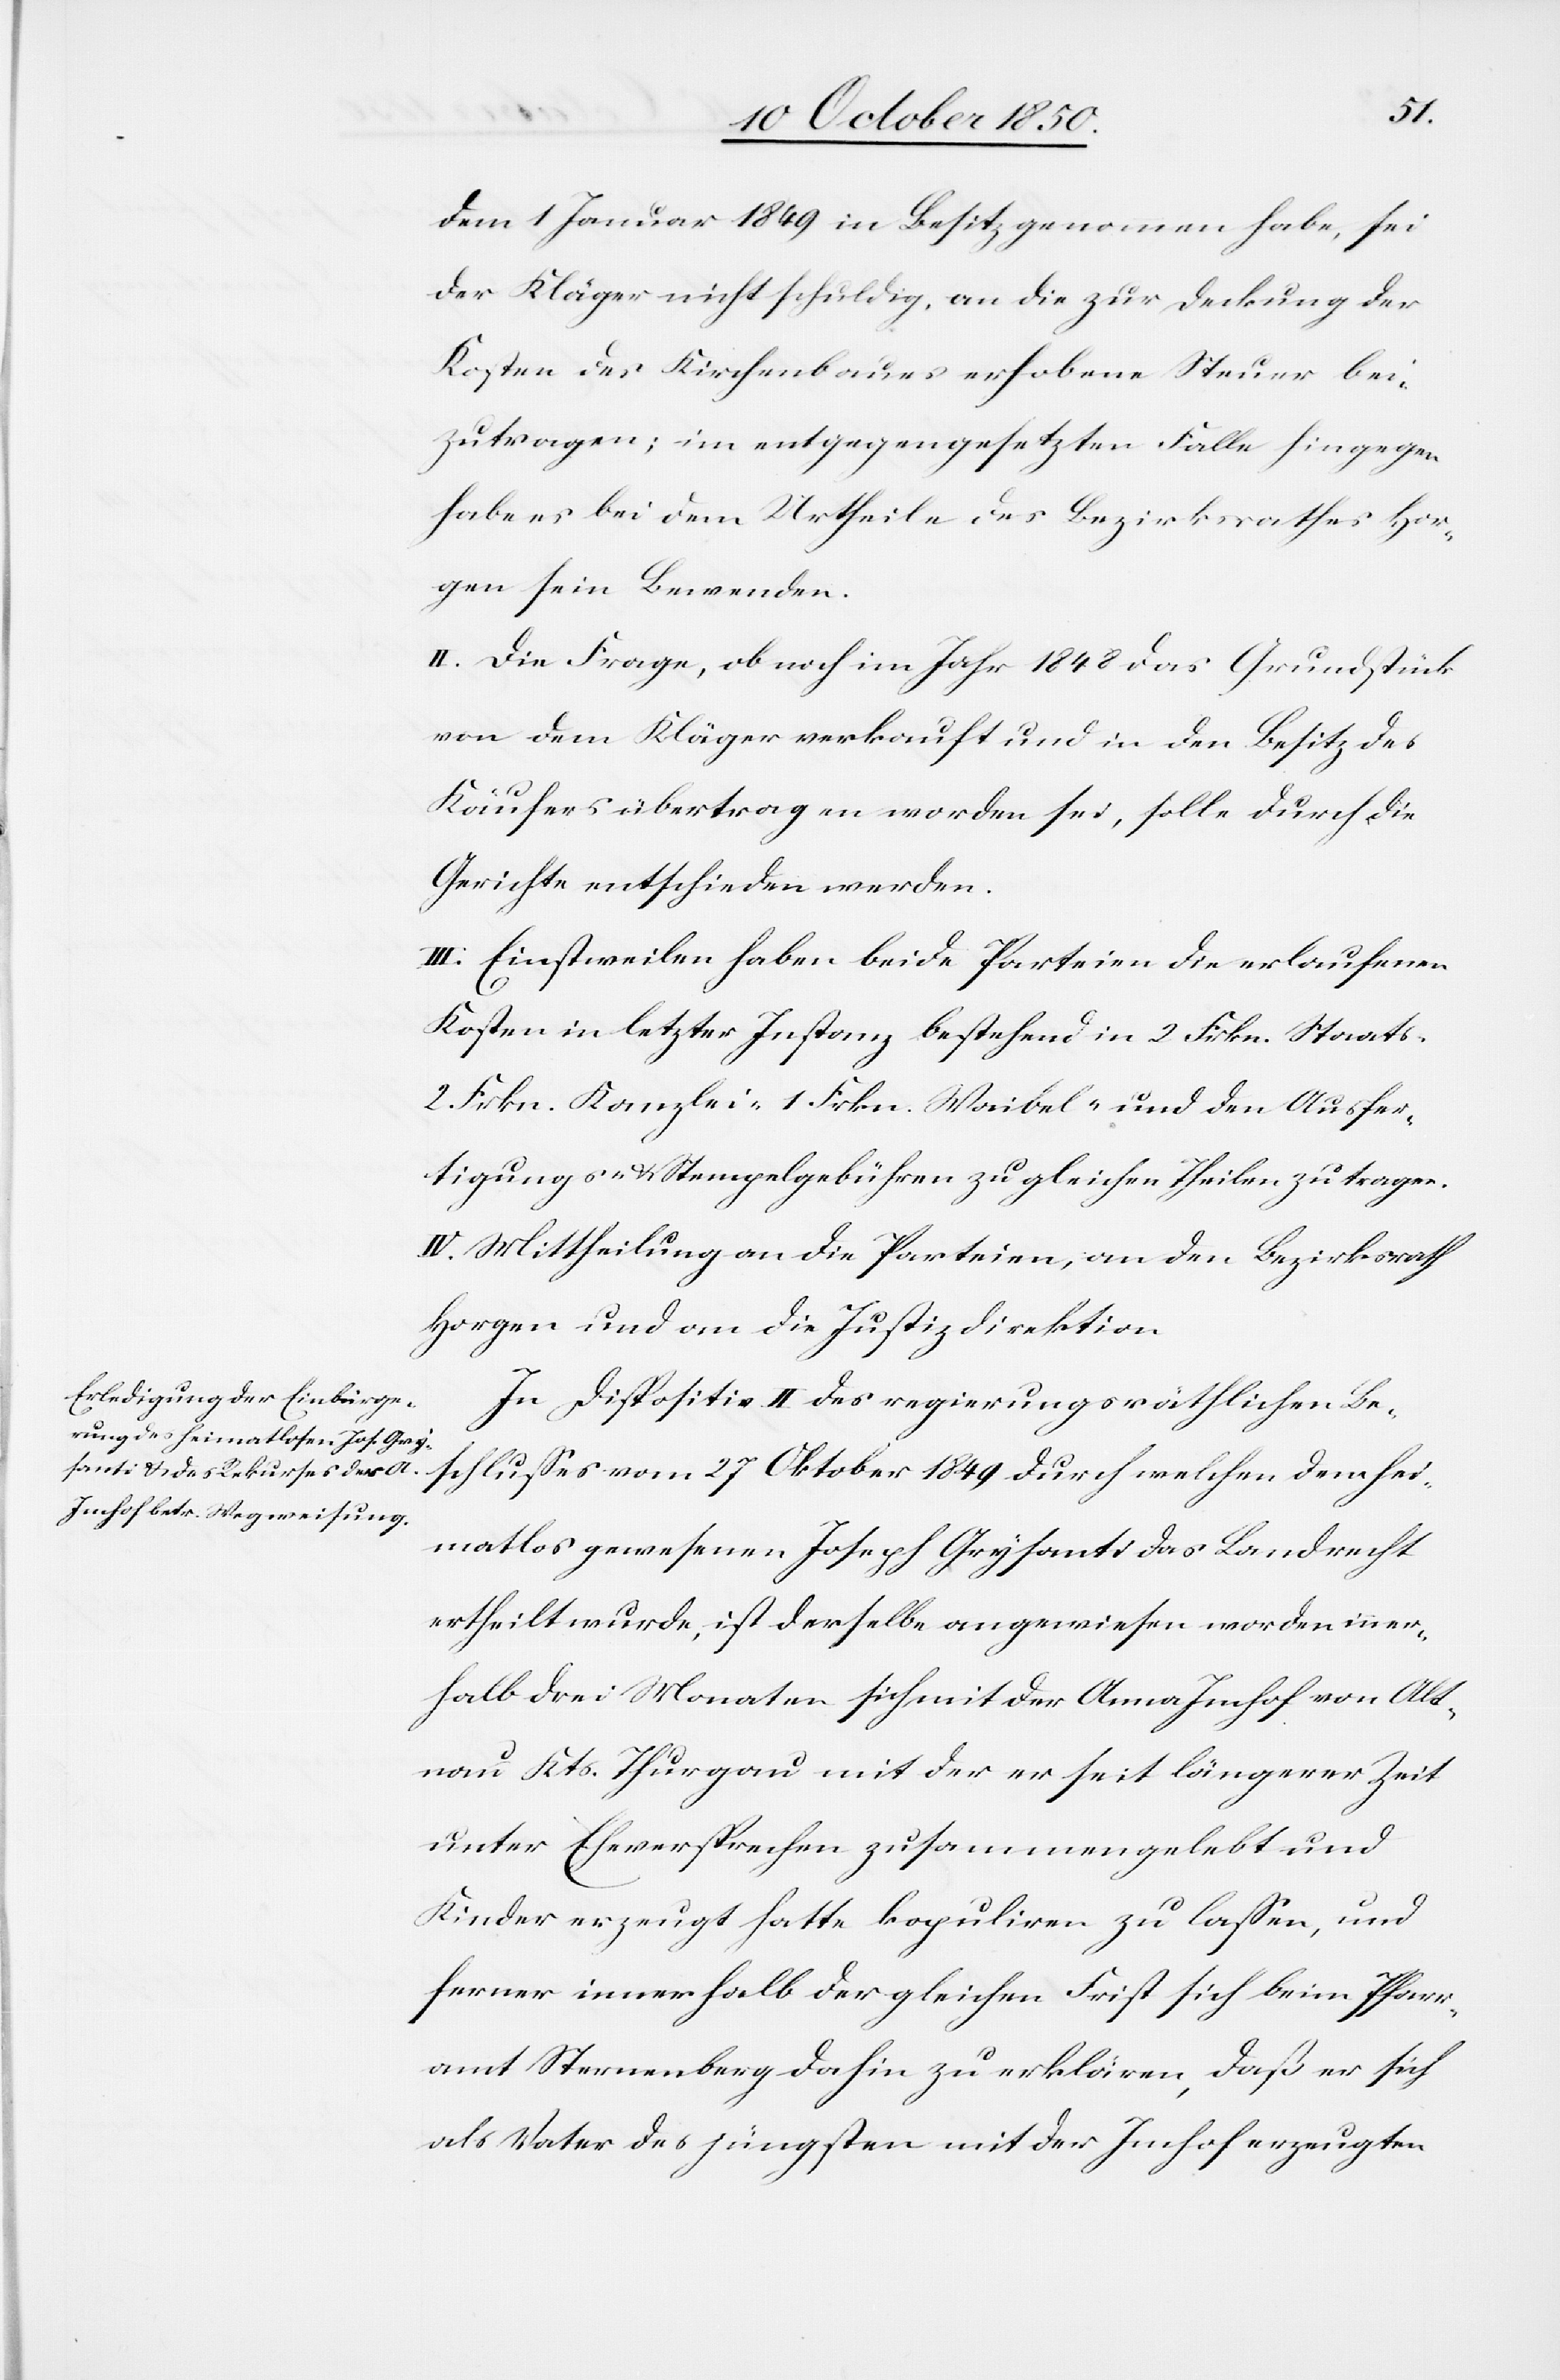
dem 1 Januar 1849 in Besitz genomen habe, sei
der Kläger nicht schuldig, an die zur Deckung der
Kosten des Kirchenbaues erhobene Steuer bei¬
zutragen; im entgegengesetzten Falle hingegen
habe es bei dem Urtheile des Bezirksrathes Hor¬
gen sein Bewenden.
II. Die Frage, ob noch im Jahr 1848 das Grundstück
von dem Kläger verkauft und in den Besitz des
Käufers übertragen worden sei, solle durch die
Gerichte entschieden werden.
III. Einstweilen haben beide Parteien die erlaufenen
Kosten in letzter Instanz bestehend in 2 Frkn. Staats-[,]
2 Frkn. Kanzlei-[,] 1 Frkn. Waibel- und den Ausfer¬
tigungs- & Stempelgebühren zu gleichen Theilen zu tragen.
IV. Mittheilung an die Parteien, an den Bezirksrath
Horgen und an die Justizdirektion.
In Dispositiv II. des regierungsräthlichen Be¬
schlusses vom 27 Oktober 1849 durch welchen dem hei¬
matlos gewesenen Joseph Grysanti das Landrecht
ertheilt wurde, ist derselbe angewiesen worden inner¬
halb drei Monaten sich mit der Anna Imhof von Alt¬
nau Kts. Thurgau mit der er seit längerer Zeit
unter Eheversprechen zusammengelebt und
Kinder erzeugt hatte kopuliren zu lassen, und
ferner innerhalb der gleichen Frist sich beim Pfarr¬
amt Sternenberg dahin zu erklären, daß er sich
als Vater des jüngsten mit der Imhof erzeugten